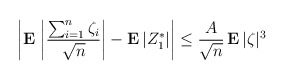
\begin{align*}\left| {\bf E\,}\left| \frac{\sum_{i=1}^{n}\zeta _{i}}{\sqrt{n}}\right| -{\bf E\,}|Z_{1}^{*}|\right| \leq \frac{A}{\sqrt{n}}\,{\bf E\,}|\zeta |^{3}\end{align*}